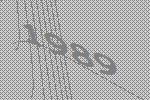
1989